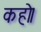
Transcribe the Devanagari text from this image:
कहो।